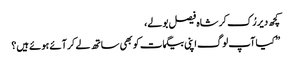
کچھ دیر رُک کر شاہ فیصل بولے،
” کیا آپ لوگ اپنی بیگمات کو بھی ساتھ لے کر آئے ہوئے ہیں؟